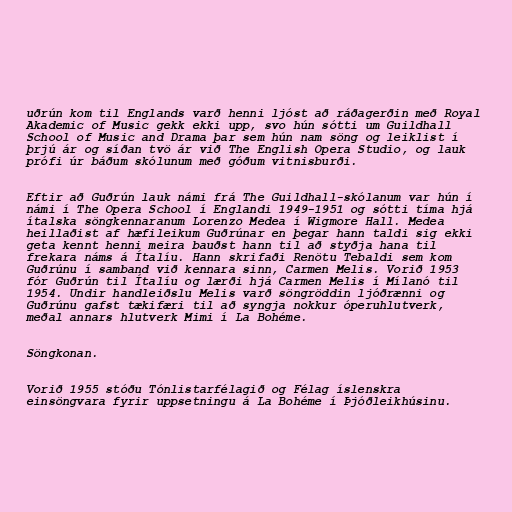
uðrún kom til Englands varð henni ljóst að ráðagerðin með Royal
Akademic of Music gekk ekki upp, svo hún sótti um Guildhall
School of Music and Drama þar sem hún nam söng og leiklist í
þrjú ár og síðan tvö ár við The English Opera Studio, og lauk
prófi úr báðum skólunum með góðum vitnisburði.

Eftir að Guðrún lauk námi frá The Guildhall-skólanum var hún í
námi í The Opera School í Englandi 1949-1951 og sótti tíma hjá
ítalska söngkennaranum Lorenzo Medea í Wigmore Hall. Medea
heillaðist af hæfileikum Guðrúnar en þegar hann taldi sig ekki
geta kennt henni meira bauðst hann til að styðja hana til
frekara náms á Ítalíu. Hann skrifaði Renötu Tebaldi sem kom
Guðrúnu í samband við kennara sinn, Carmen Melis. Vorið 1953
fór Guðrún til Ítalíu og lærði hjá Carmen Melis í Mílanó til
1954. Undir handleiðslu Melis varð söngröddin ljóðrænni og
Guðrúnu gafst tækifæri til að syngja nokkur óperuhlutverk,
meðal annars hlutverk Mimi í La Bohéme.

Söngkonan.

Vorið 1955 stóðu Tónlistarfélagið og Félag íslenskra
einsöngvara fyrir uppsetningu á La Bohéme í Þjóðleikhúsinu.